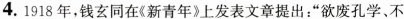
4.1918年，钱玄同在《新青年》上发表文章提出：”欲废孔学、不